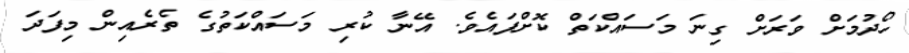
ހޯދުމަށް ވަރަށް ގިނަ މަސައްކަތް ކޮށްފައެވެ. އޭނާ ކުރި މަސައްކަތުގެ ތެރެއިން މިފަދަ